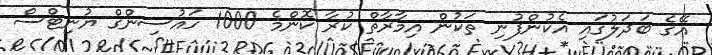
އޭގެ ބަދަލުގައި އެކުންފުނި ތަކުން އިމާރާތް ކުރާ ކޮންމެ 1000 ހައުސިންގް ޔުނިޓްސް